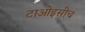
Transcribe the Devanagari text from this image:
टाओइसीच